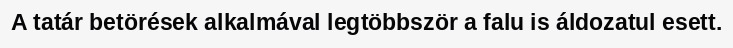
A tatár betörések alkalmával legtöbbször a falu is áldozatul esett.